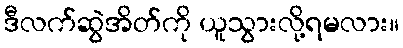
ဒီလက်ဆွဲအိတ်ကို ယူသွားလို့ရမလား။